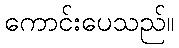
ကောင်းပေသည်။